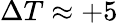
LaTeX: \Delta T\approx+5